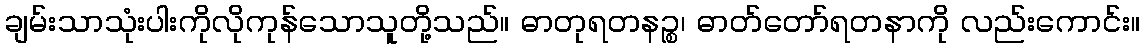
ချမ်းသာသုံးပါးကိုလိုကုန်သောသူတို့သည်။ ဓာတုရတနဉ္စ၊ ဓာတ်တော်ရတနာကို လည်းကောင်း။